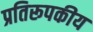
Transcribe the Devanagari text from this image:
प्रतिरूपकीय